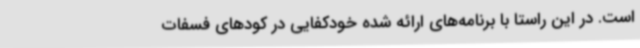
است. در این راستا با برنامه‌های ارائه شده خودکفایی در کودهای فسفات